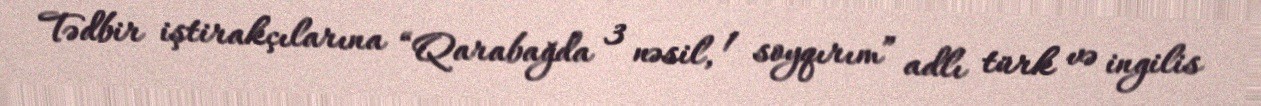
Tədbir iştirakçılarına “Qarabağda 3 nəsil, 1 soyqırım” adlı türk və ingilis